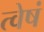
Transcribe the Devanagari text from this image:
त्वेषं